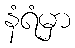
နံရံမှာ